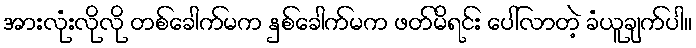
အားလုံးလိုလို တစ်ခေါက်မက နှစ်ခေါက်မက ဖတ်မိရင်း ပေါ်လာတဲ့ ခံယူချက်ပါ။